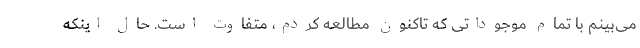
می‌بینم با تمام موجوداتی که تاکنون مطالعه کردم، متفاوت است. حال اینکه